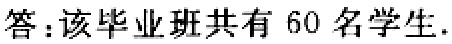
答：该毕业班共有 60 名学生.